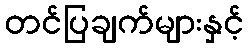
တင်ပြချက်များနှင့်